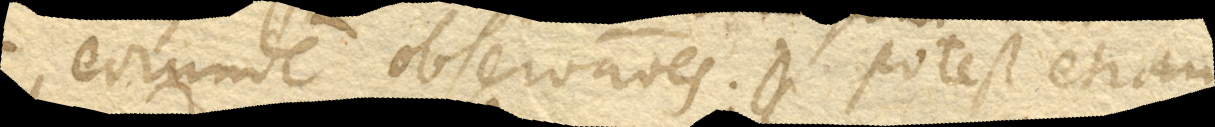
eorundem observationes. Potest etiam